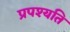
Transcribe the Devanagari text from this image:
प्रपश्यति